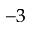
^ { - 3 }